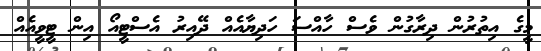
މީގެ އިތުރުން ދިރާގުން ވެސް ހާއްސަ ހަދިޔާއެއް ދޭއިރު އެސްޓީއޯ އިން ޓީވީއެއް